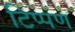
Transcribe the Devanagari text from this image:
टिप्‍पण